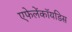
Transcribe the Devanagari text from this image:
एफेलेंकॉयडिस